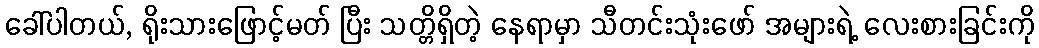
ခေါ်ပါတယ်, ရိုးသားဖြောင့်မတ် ပြီး သတ္တိရှိတဲ့ နေရာမှာ သီတင်းသုံးဖော် အများရဲ့ လေးစားခြင်းကို